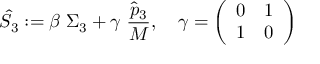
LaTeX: \hat { S } _ { 3 } : = \beta \; \Sigma _ { 3 } + \gamma \; { \frac { \hat { p } _ { 3 } } { M } } , \quad \gamma = \left( \begin{array} { l l } { { 0 } } & { { 1 } } \\ { { 1 } } & { { 0 } } \end{array} \right)